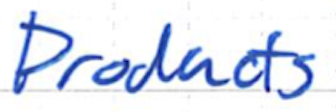
Text: Products
Cross-out: clean
Writing tool: ballpoint